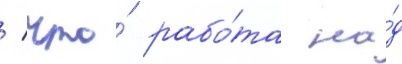
/ что́ рабо́та на́д